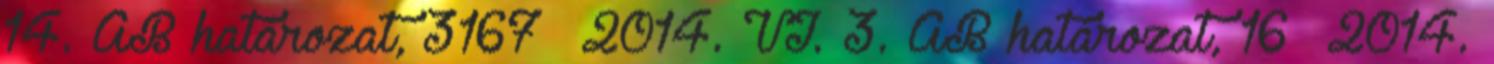
14. AB határozat, 3167 2014. VI. 3. AB határozat, 16 2014.